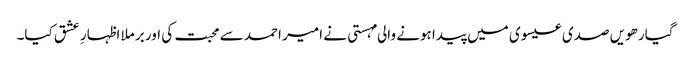
گیارھویں صدی عیسوی میں پیدا ہونے والی مہستی نے امیر احمد سے محبت کی اور برملا اظہارِ عشق کیا۔